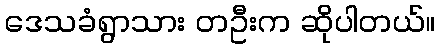
ဒေသခံရွာသား တဦးက ဆိုပါတယ်။